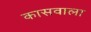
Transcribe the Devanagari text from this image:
कासवाला